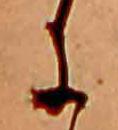
に